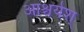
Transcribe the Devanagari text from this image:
आश्चर्यश्